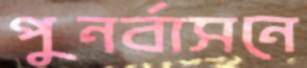
পুনর্বাসনে